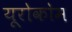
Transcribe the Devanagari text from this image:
यूरोकोम